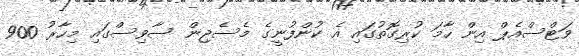
ވަޓްސްއެޕް އިން ހާމަ ކުރިގޮތުގައި އެ ކުންފުނީގެ މެސެޖިން ސާވިސްގައި މިހާރު 900